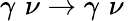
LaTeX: \gamma\, \, \nu\rightarrow\gamma\, \, \nu\, \,